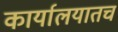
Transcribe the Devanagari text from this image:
कार्यालयातच